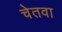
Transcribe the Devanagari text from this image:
चेतवा